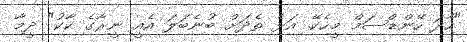
"ހާދަ ހޭންޑްސަމް މީހެކޭ. އަޅެ ތެދަށް ބުނެބަލަ އެއީ ނީރާގެ ކާކު" ދީމާ